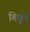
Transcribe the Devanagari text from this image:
बिछुड़े